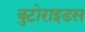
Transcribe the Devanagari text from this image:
बुटोराइडस